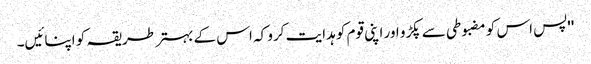
''پس اس کو مضبوطی سے پکڑو اور اپنی قوم کو ہدایت کرو کہ اس کے بہتر طریقہ کو اپنائیں۔